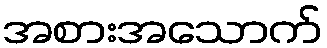
အစားအသောက်